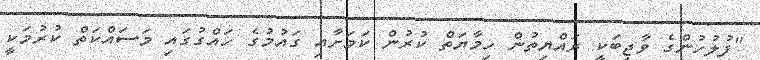
"ފުލުހުންގެ ވާޖިބަކީ ރައްޔިތުން ހިމާޔަތް ކުރުން ކަމަށާއި ގައުމުގެ ހައްގުގައި މަސައްކަތް ކުރުމަކީ